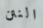
النتن